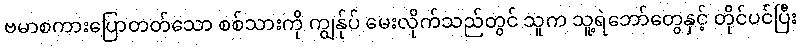
ဗမာစကားပြောတတ်သော စစ်သားကို ကျွန်ုပ် မေးလိုက်သည်တွင် သူက သူ့ရဲဘော်တွေနှင့် တိုင်ပင်ပြီး